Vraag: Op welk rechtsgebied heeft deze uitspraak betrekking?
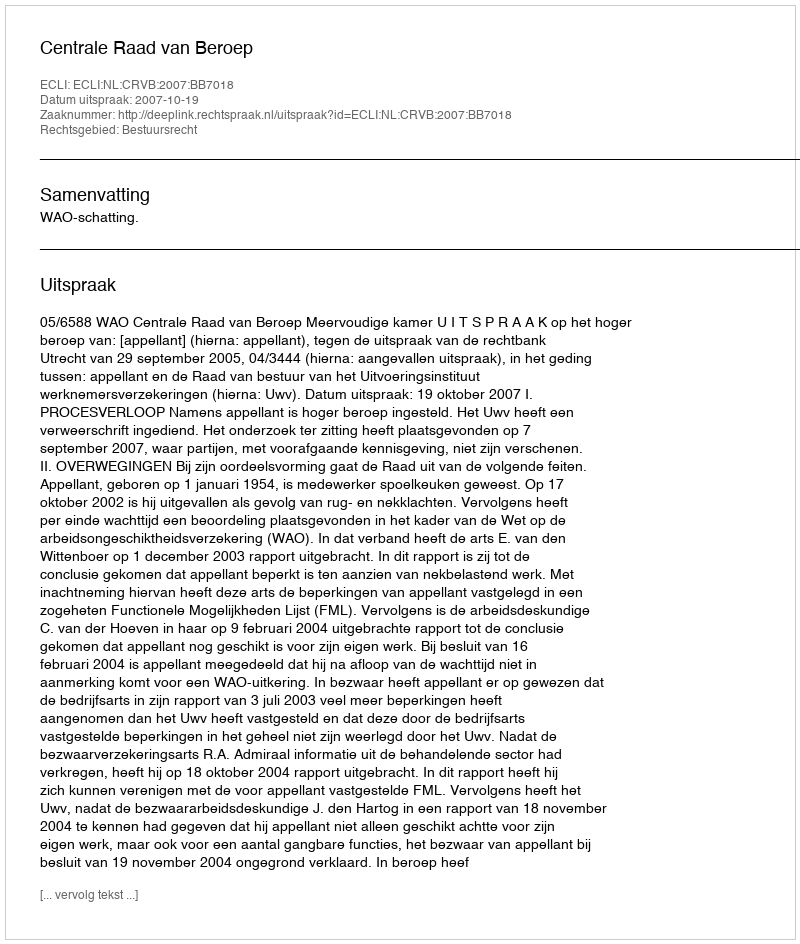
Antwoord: Bestuursrecht